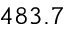
4 8 3 . 7